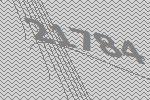
21784